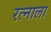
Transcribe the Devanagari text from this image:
रत्‍नाला